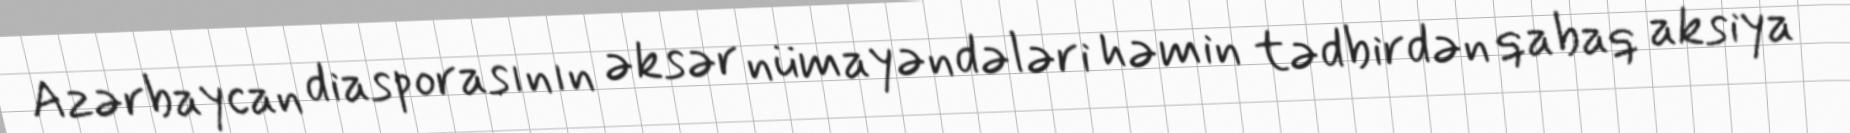
Azərbaycan diasporasının əksər nümayəndələri həmin tədbirdən qabaq aksiya